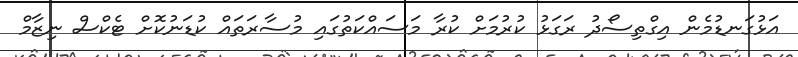
އަޅުގަނޑުމެން އިގްތިސޯދު ރަގަޅު ކުރުމަށް ކުރާ މަސައްކަތުގައި މުސާރަތައް ކުޑަނުކޮށް ޓެކްސް ނިޒާމް